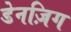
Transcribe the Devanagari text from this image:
डेनज़िग